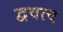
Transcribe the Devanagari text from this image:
द्ववत्व